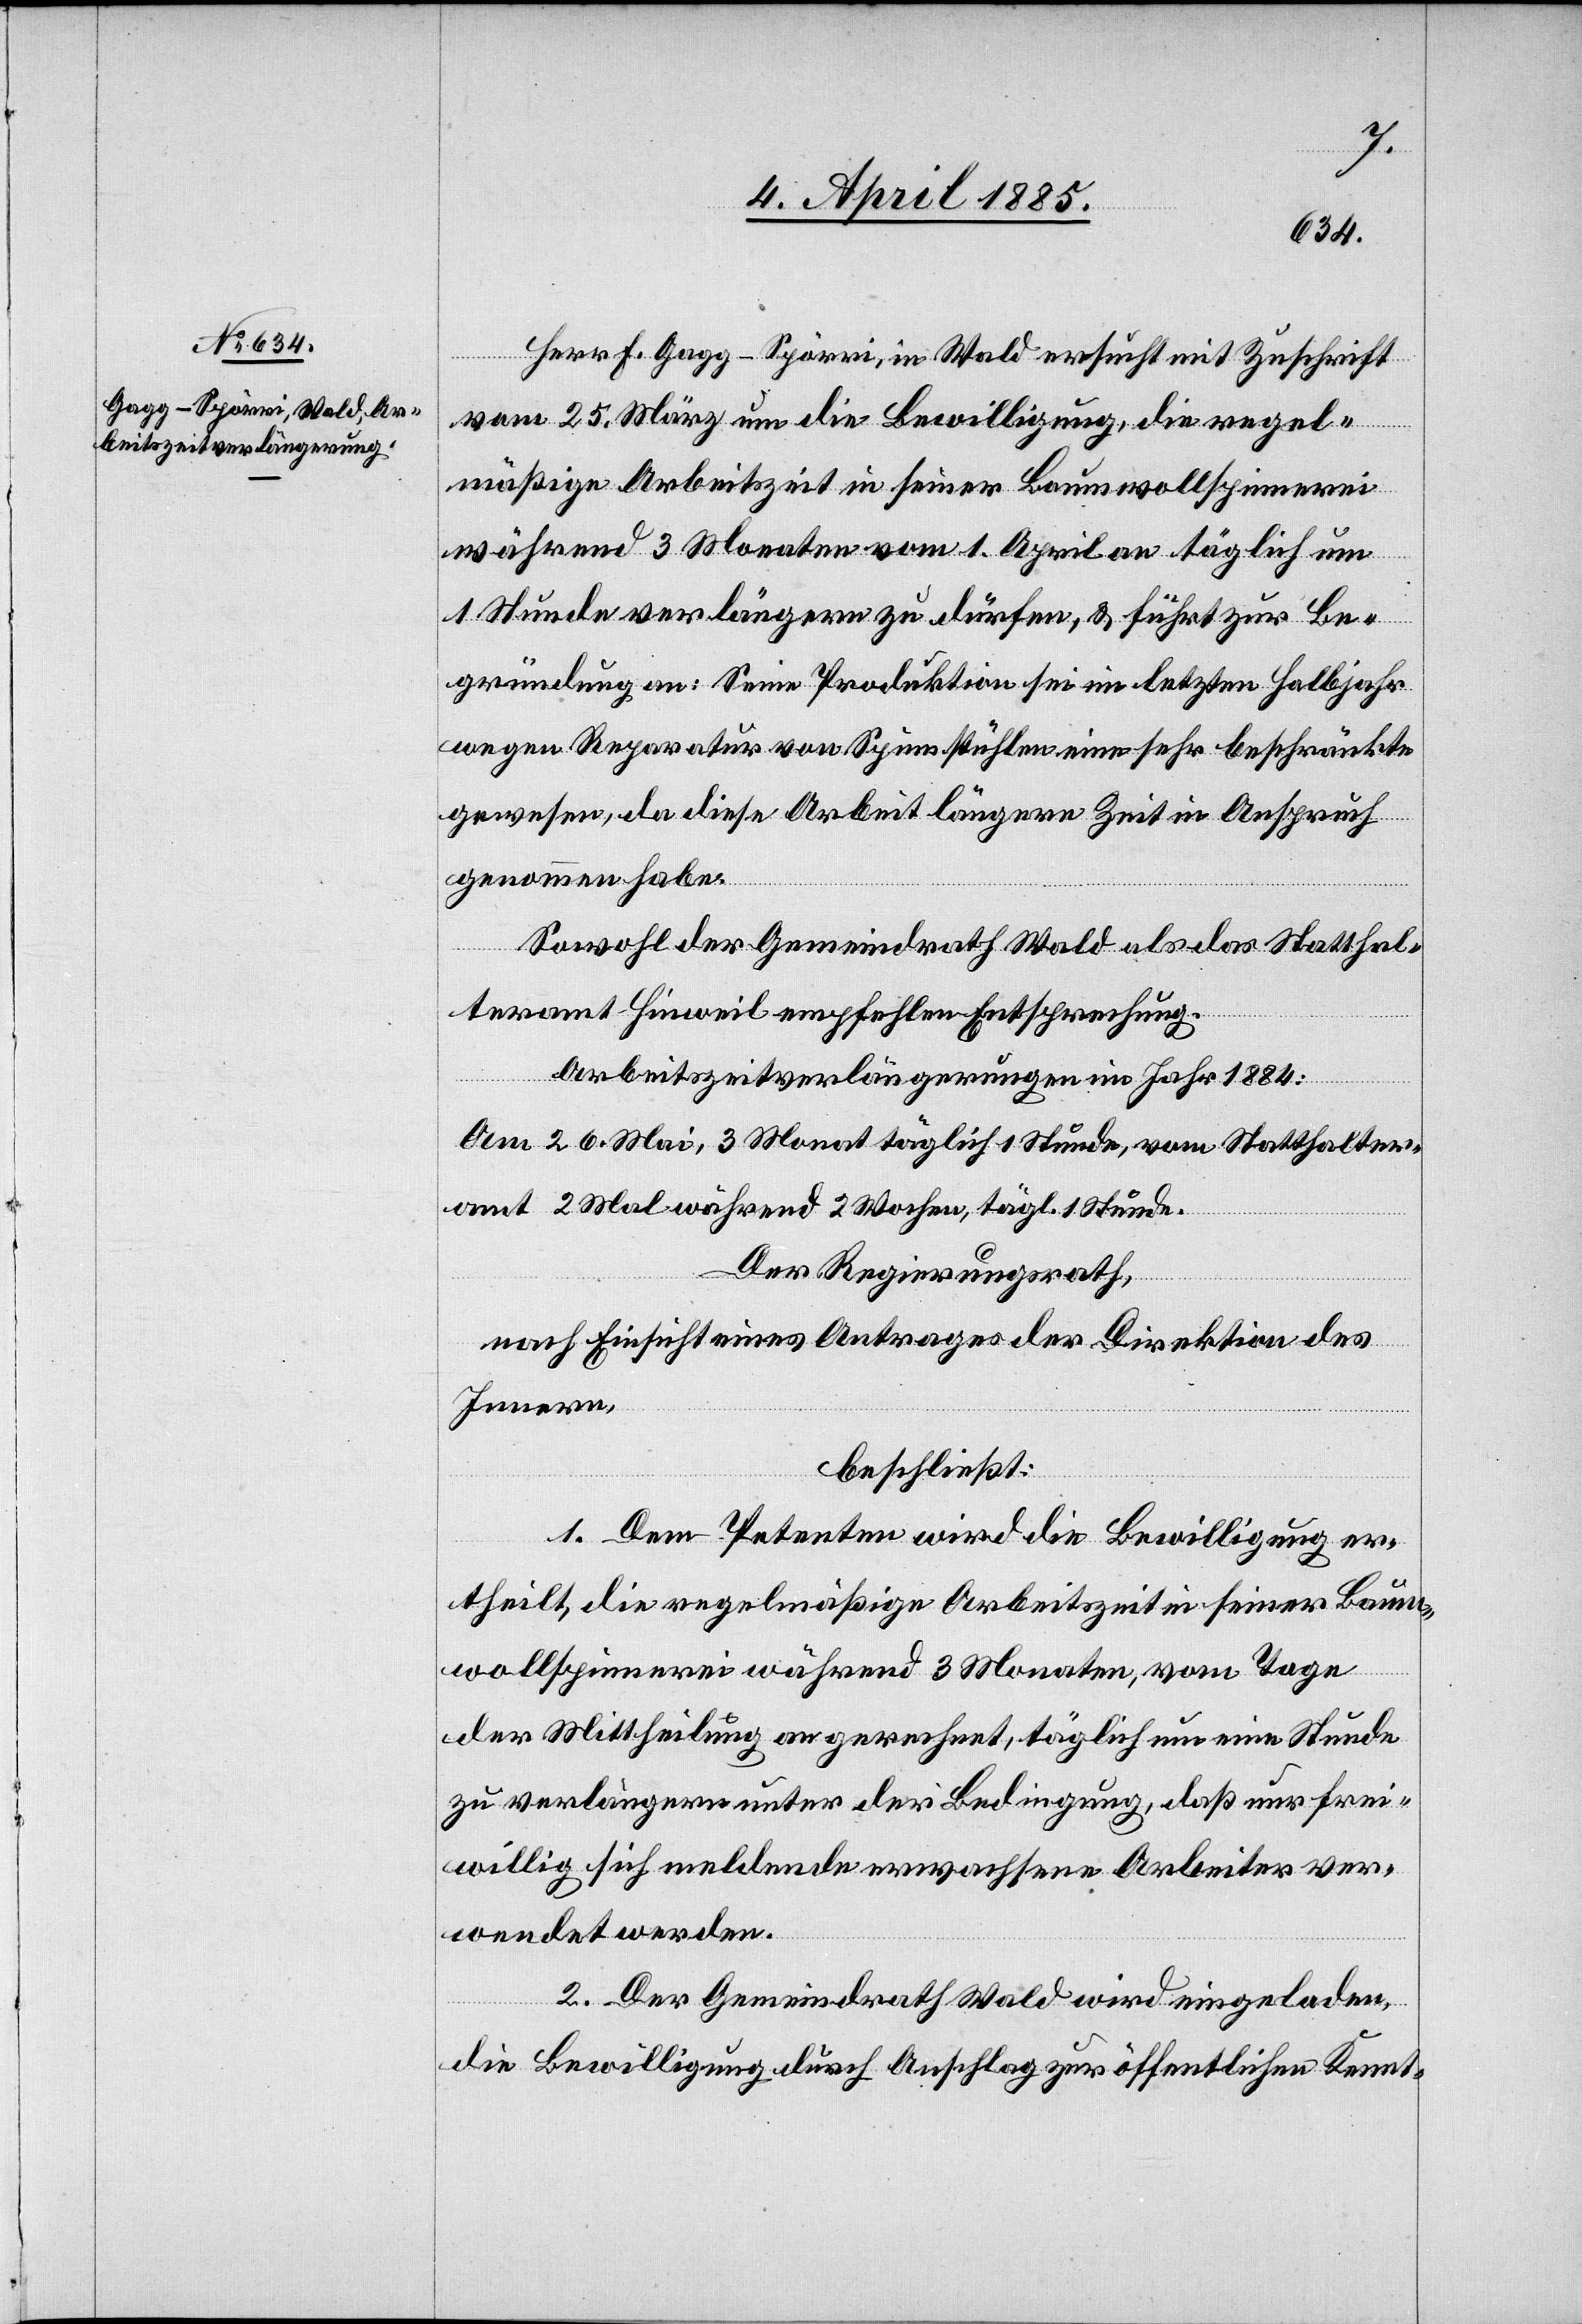
Herr F. Gagg-Spörri, in Wald ersucht mit Zuschrift
vom 25. März um die Bewilligung, die regel¬
mäßige Arbeitszeit in seiner Baumwollspinnerei
während 3 Monaten vom 1. April an täglich um
1 Stunde verlängern zu dürfen, & führt zur Be¬
gründung an: Seine Produktion sei im letzten Halbjahr
wegen Reparatur von Spinnstühlen eine sehr beschränkte
gewesen, da diese Arbeit längere Zeit in Anspruch
genommen habe.
Sowohl der Gemeindrath Wald als das Statthal¬
teramt Hinweil empfehlen Entsprechung.
Arbeitszeitverlängerung im Jahr 1884:
Am 26. Mai, 3 Monate täglich 1 Stunde, vom Statthalter¬
amt 2 Mal während 2 Wochen, tägl. 1 Stunde.
Der Regierungsrath,
nach Einsicht eines Antrages der Direktion des
Innern,
beschließt:
1. Dem Petenten wird die Bewilligung er¬
theilt, die regelmäßige Arbeitszeit in seiner Baum¬
wollspinnerei während 3 Monaten, vom Tage
der Mittheilung an gerechnet, täglich um eine Stunde
zu verlängern unter der Bedingung, daß nur frei¬
willig sich meldende erwachsene Arbeiter ver¬
wendet werden.
2. Der Gemeindrath Wald wird eigeladen,
die Bewilligung durch Anschlag zur öffentlichen Kennt-